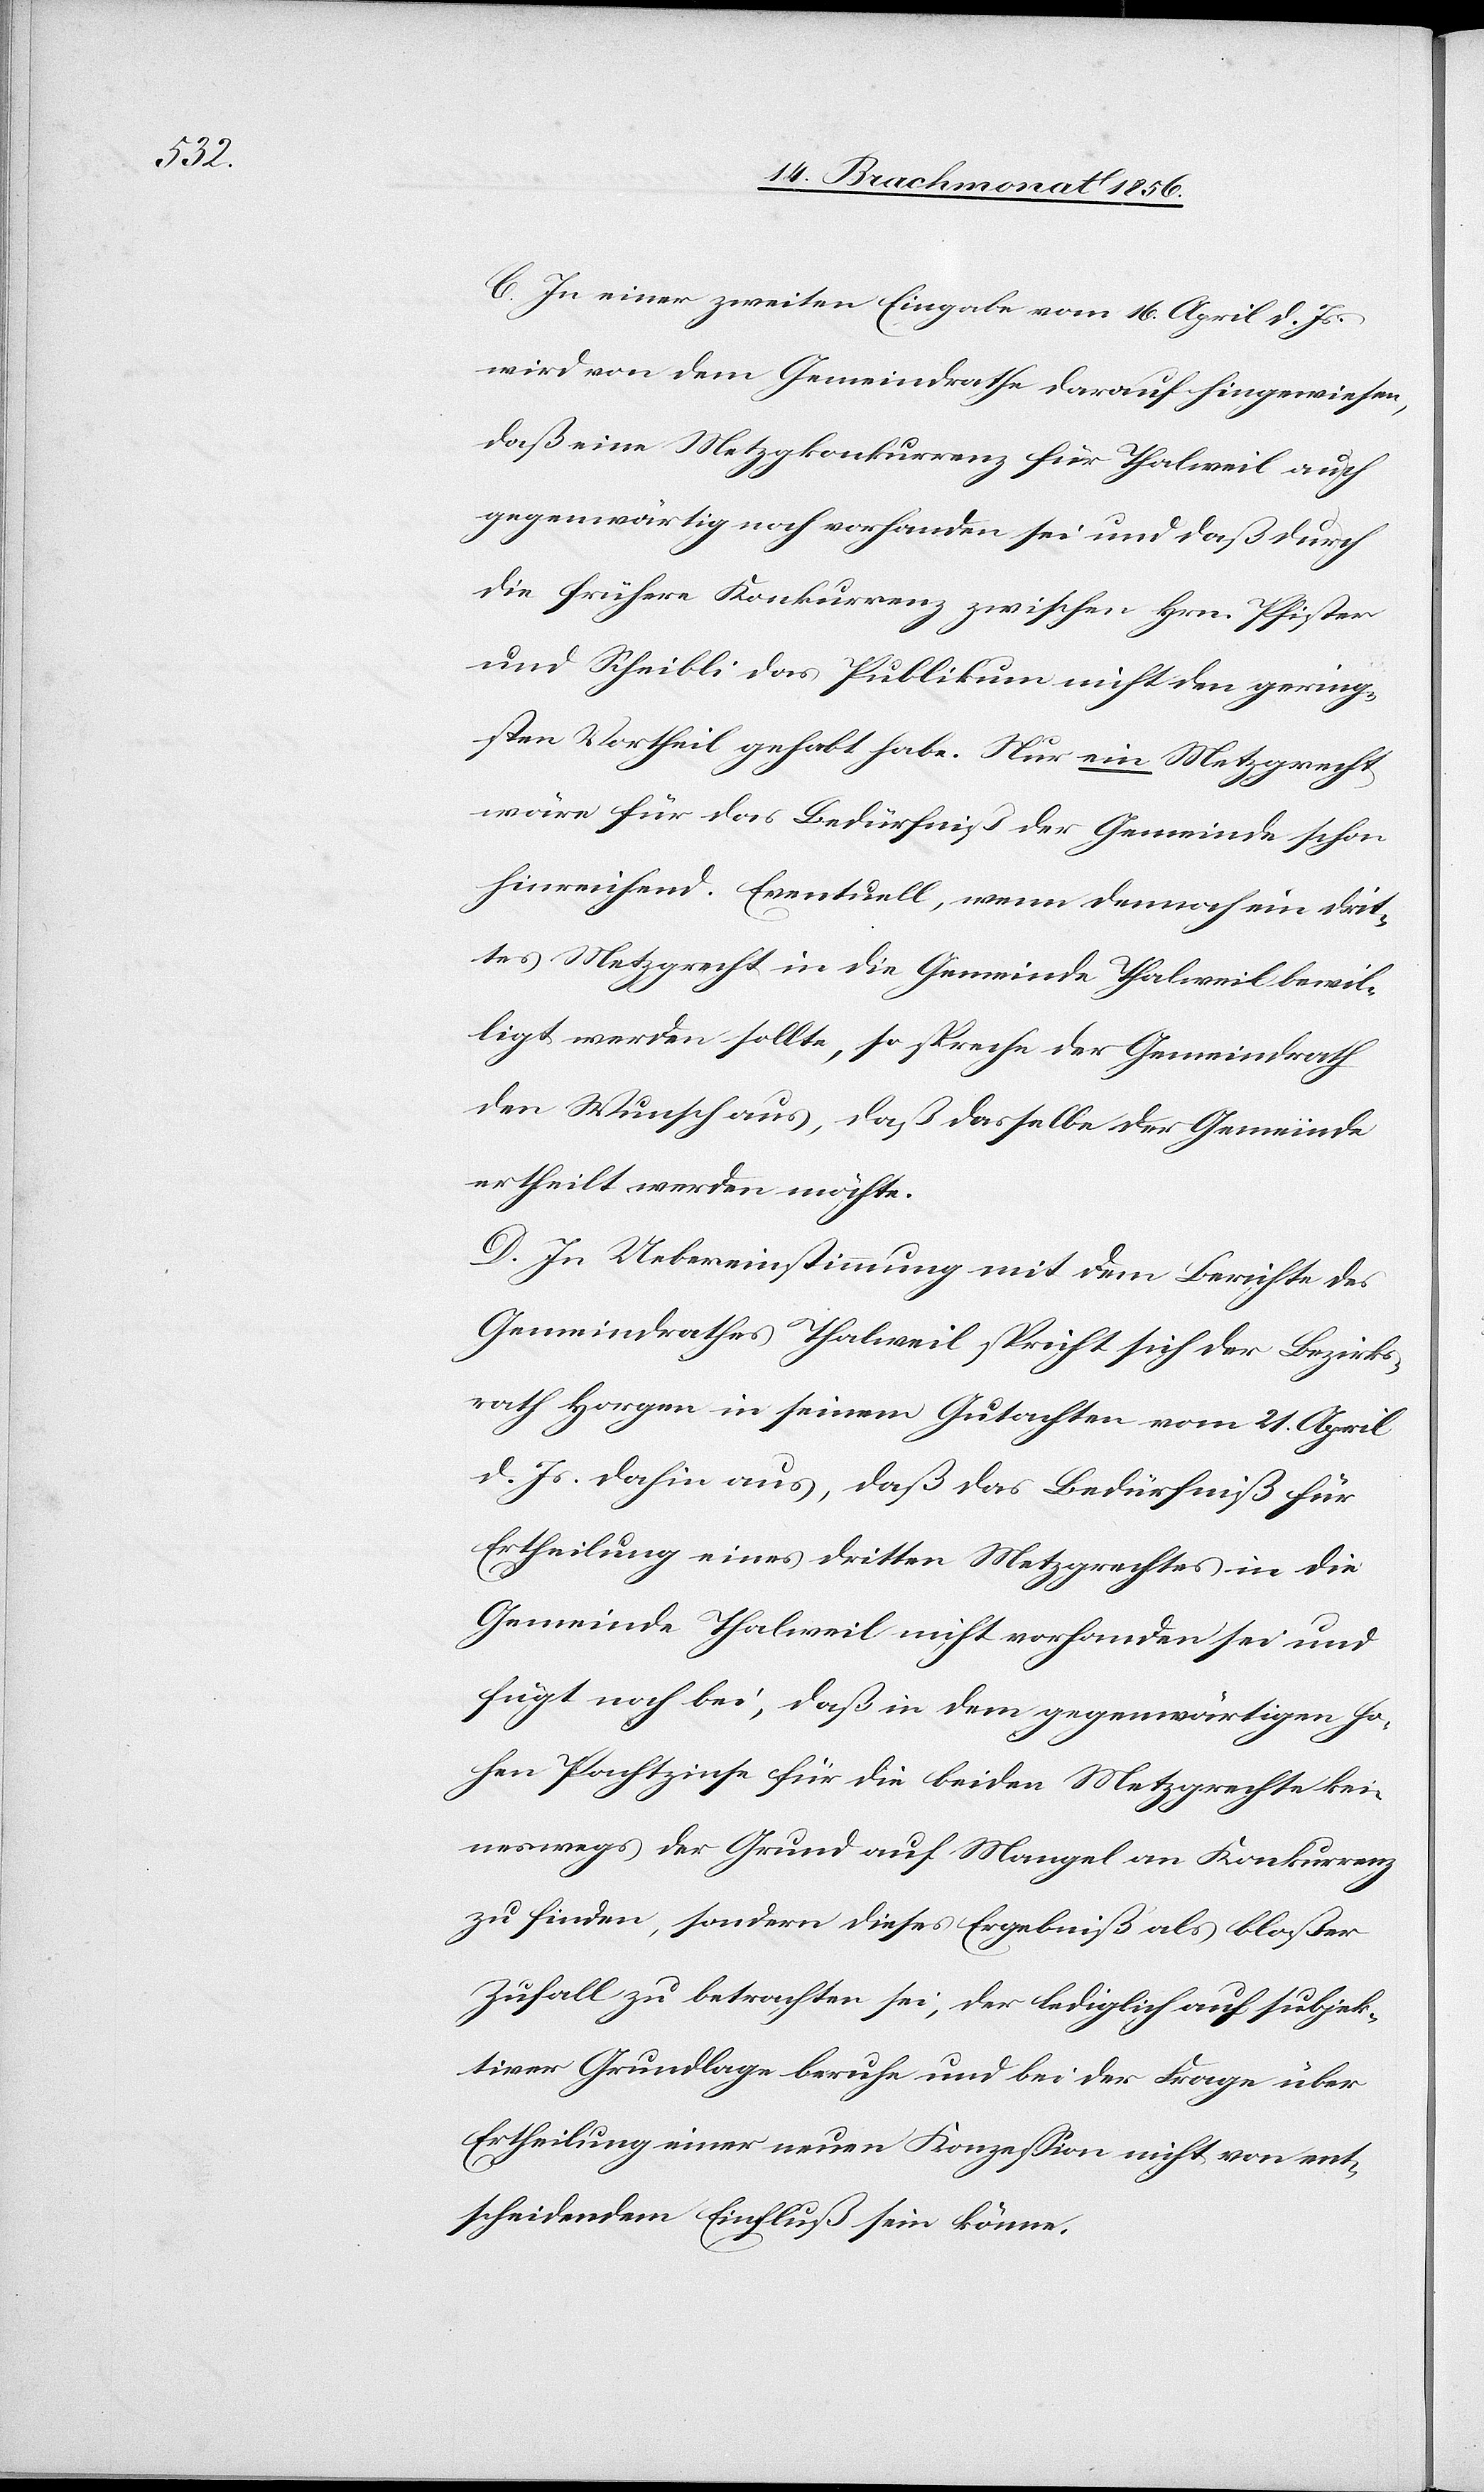
C. In einer zweiten Eingabe vom 16. April d. Js.
wird von dem Gemeindrath darauf hingewiesen,
daß eine Metzgkonkurrenz für Thalweil auch
gegenwärtig noch vorhanden sei und daß durch
die frühere Konkurrenz zwischen Hrn. Pfister
und Scheibli das Publikum nicht den gering¬
sten Vortheil gehabt habe. Nur ein Metzgrecht
wäre für das Bedürfniß der Gemeinde schon
hinreichend. Eventuell, wenn demnach ein drit¬
tes Metzgrecht in die Gemeinde Thalweil bewil¬
ligt werden sollte, so spreche der Gemeindrath
den Wunsch aus, daß dasselbe der Gemeinde
ertheilt werden möchte.
D. In Uebereinstimmung mit dem Berichte des
Gemeindrathes Thalweil spricht sich der Bezirks¬
rath Horgen in seinem Gutachten vom 21. April
d. Js. dahin aus, daß das Bedürfniß für
Ertheilung eines dritten Metzgrechtes in die
Gemeinde Thalweil nicht vorhanden sei und
fügt noch bei, daß in dem gegenwärtigen ho¬
hen Pachtzinse für die beiden Metzgrechte kei¬
neswegs der Grund auf Mangel an Konkurrenz
zu finden, sondern dieses Ergebniß als bloßer
Zufall zu betrachten sei, der lediglich auf subjek¬
tiver Grundlage beruhe und bei der Frage über
Ertheilung einer neuen Konzession nicht von ent¬
scheidendem Einfluß sein könne.